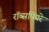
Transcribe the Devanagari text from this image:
रॉब्सपियरे